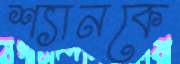
শ্যানকে